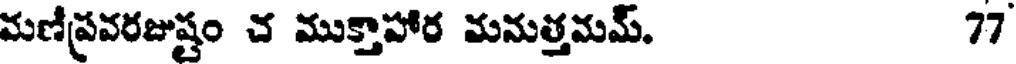
మణీప్రవరజుష్టం చ ముక్తాహార మనుత్తమమ్. 77